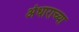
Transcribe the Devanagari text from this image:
अंधाराच्या